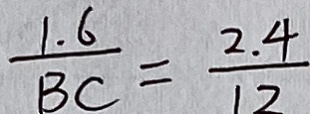
\frac { 1 . 6 } { B C } = \frac { 2 . 4 } { 1 2 }